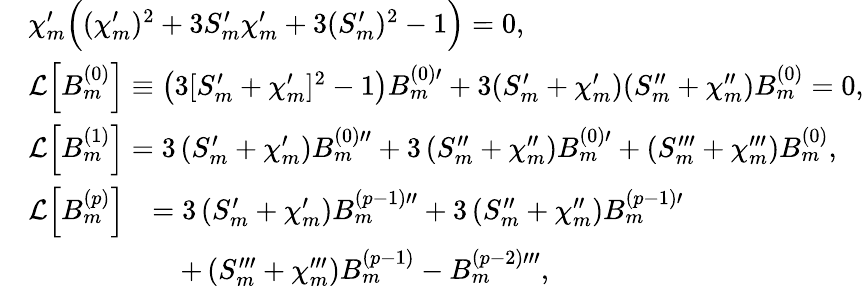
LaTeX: \begin{array}{rl}&{{\chi}_{m}^{\prime}\Big(({\chi}_{m}^{\prime})^{2}+3S_{m}^{\prime}{\chi}_{m}^{\prime}+3(S_{m}^{\prime})^{2}-1\Big)=0,}\\ &{\mathcal{L}\Big[B_{m}^{(0)}\Big]\equiv\left(3[S_{m}^{\prime}+\chi_{m}^{\prime}]^{2}-1\right)B_{m}^{(0)\prime}+3(S_{m}^{\prime}+\chi_{m}^{\prime})(S_{m}^{\prime\prime}+\chi_{m}^{\prime\prime})B_{m}^{(0)}=0,}\\ &{\mathcal{L}\Big[B_{m}^{(1)}\Big]=3\left(S_{m}^{\prime}+\chi_{m}^{\prime}\right)B_{m}^{(0)\prime\prime}+3\left(S_{m}^{\prime\prime}+\chi_{m}^{\prime\prime}\right)B_{m}^{(0)\prime}+\left(S_{m}^{\prime\prime\prime}+\chi_{m}^{\prime\prime\prime}\right)B_{m}^{(0)},}\\ &{\begin{array}{rl}{\mathcal{L}\Big[B_{m}^{(p)}\Big]}&{=3\left(S_{m}^{\prime}+\chi_{m}^{\prime}\right)B_{m}^{(p-1)\prime\prime}+3\left(S_{m}^{\prime\prime}+\chi_{m}^{\prime\prime}\right)B_{m}^{(p-1)\prime}}\\ &{\quad+\left(S_{m}^{\prime\prime\prime}+\chi_{m}^{\prime\prime\prime}\right)B_{m}^{(p-1)}-B_{m}^{(p-2)\prime\prime\prime},}\end{array}}\end{array}